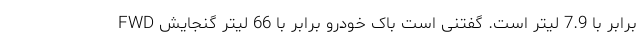
FWD برابر با 7.9 لیتر است. گفتنی است باک خودرو برابر با 66 لیتر گنجایش